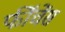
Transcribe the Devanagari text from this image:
फींचेंस